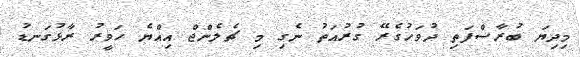
މިދިޔަ ބުރާސްފަތި ދުވަހުގެރޭ ގުރުއަތު ނެގި މި ޗެލެންޖް އިއްޔެ ހަވީރު ރާޅުގަނޑު